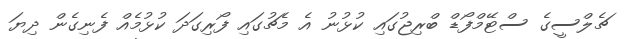
ޗެލްސީގެ ސްޓޭމްފޯޑް ބްރިޖުގައި ކުޅުނު އެ މެޗުގައި ފޯރިގަދަ ކުޅުމެއް ފެނިގެން ދިޔަ